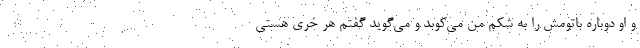
و او دوباره باتومش را به شکم من می‌کوبد و می‌گوید گفتم هر خری هستی